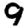
Digit: 9